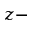
z -